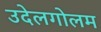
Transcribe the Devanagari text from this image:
उदेलगोलम